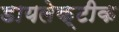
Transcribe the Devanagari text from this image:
डायलेक्टीक